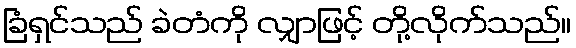
ခြံရှင်သည် ခဲတံကို လျှာဖြင့် တို့လိုက်သည်။